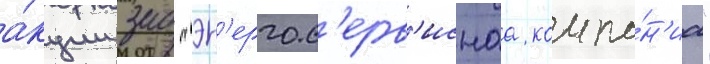
а́кции зао "эн'ергос'ерв'иснаа компа́н'иа"